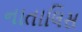
નાતાલિસ